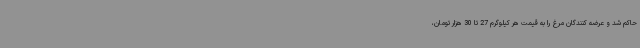
حاکم شد و عرضه کنندگان مرغ را به قیمت هر کیلوگرم 27 تا 30 هزار تومان،